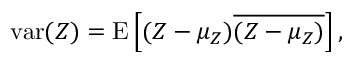
\operatorname { v a r } ( Z ) = \operatorname { E } \left[ ( Z - \mu _ { Z } ) { \overline { { ( Z - \mu _ { Z } ) } } } \right] ,